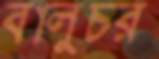
বালুচর